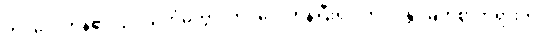
ကပ်လေကုန်၏။ ဥပသင်္ကမိတွာ၊ ကပ်လေကုန်ပြီး၍။ ဘဂဝန္တံ၊ မြတ်စွာဘုရားကို။